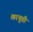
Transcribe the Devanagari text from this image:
खरचुडी